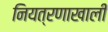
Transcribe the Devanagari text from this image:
नियत्रणाखाली